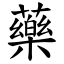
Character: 藥